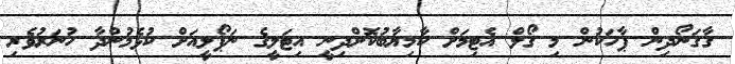
ގާގަނޯދިން ޕާހަކުން މި ގޯލް އެޓިމަށް ކާމިޔާބުކޮށްދިނީ އިޓަލީގެ ނަޕޯލީއަށް ކުޅެމުންދާ ހުނަރުވެރި